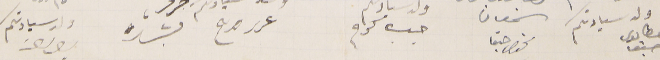
ولد سيادتكم مطانيوس حبقا       سمعان حبقا        حبىب كرم       عرىر  قديح                      بشارة                            ولد سيادتكم يوسف